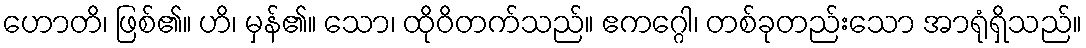
ဟောတိ၊ ဖြစ်၏။ ဟိ၊ မှန်၏။ သော၊ ထိုဝိတက်သည်။ ဧကဂ္ဂေါ၊ တစ်ခုတည်းသော အာရုံရှိသည်။